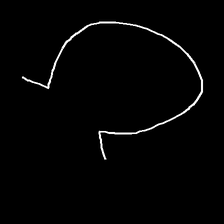
Glyph: weave